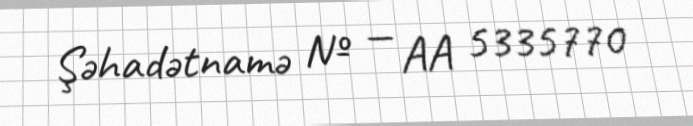
Şəhadətnamə № — AA 5335770